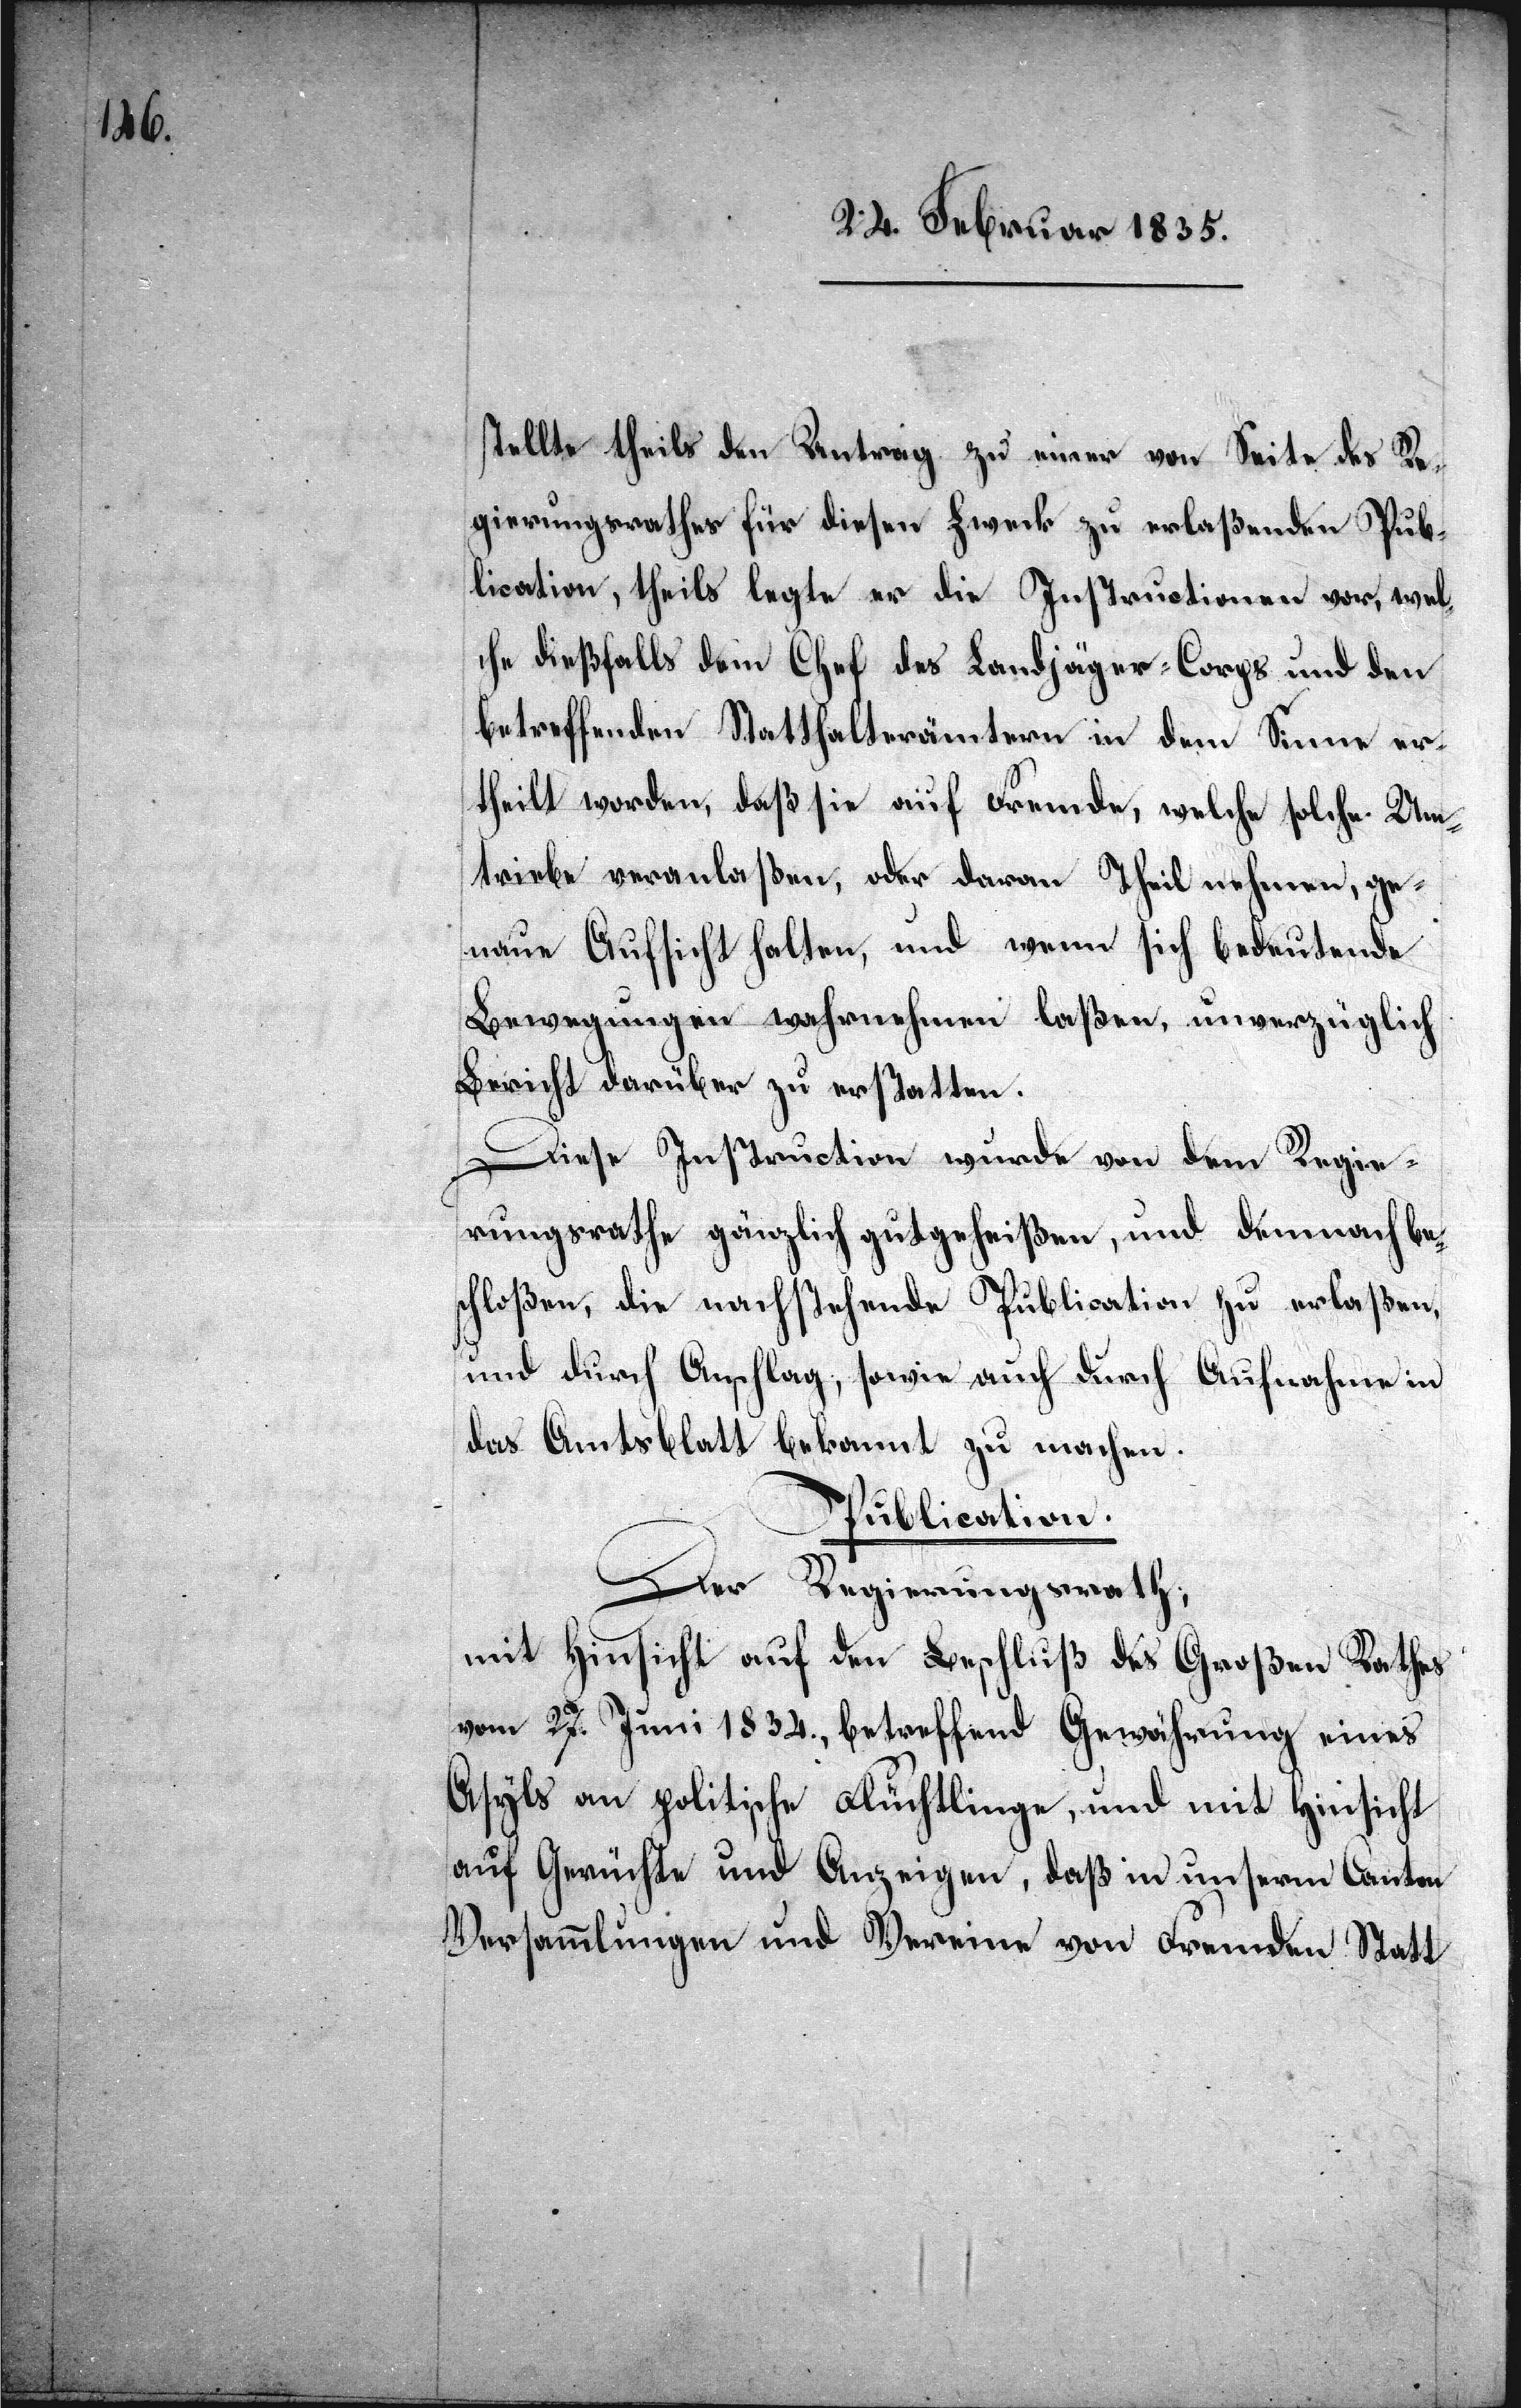
stellte theils den Antrag zu einer von Seite des Re¬
gierungsrathes für diesen Zweck zu erlaßenden Pub¬
lication, theils legte er die Instructionen vor, wel¬
che dießfalls dem Chef des Landjäger-Corps und den
betreffenden Statthalterämtern in dem Sinne er¬
theilt worden, daß sie auf Fremde, welche solche Um¬
triebe veranlaßen, oder daran Theil nehmen, ge¬
nau Aufsicht halten, und wenn sich bedeutende
Bewegungen wahrnehmen laßen, unverzüglich
Bericht darüber zu erstatten.
Diese Instruction wurde von dem Regie¬
rungsrathe gänzlich gutgeheißen, und demnach be¬
schloßen, die nachstehende Publication zu erlaßen,
und durch Anschlag, sowie auch durch Aufnahme in
das Amtsblatt bekannt zu machen.
Publication.
Der Regierungsrath;
mit Hinsicht auf den Beschluß des Großen Rathes
vom 27. Juni 1834., betreffend Gewährung eines
Asyls an politische Flüchtlinge, und mit Hinsicht
auf Gerüchte und Anzeigen, daß in unserm Canton
Versammlungen und Vereine von Fremden Statt